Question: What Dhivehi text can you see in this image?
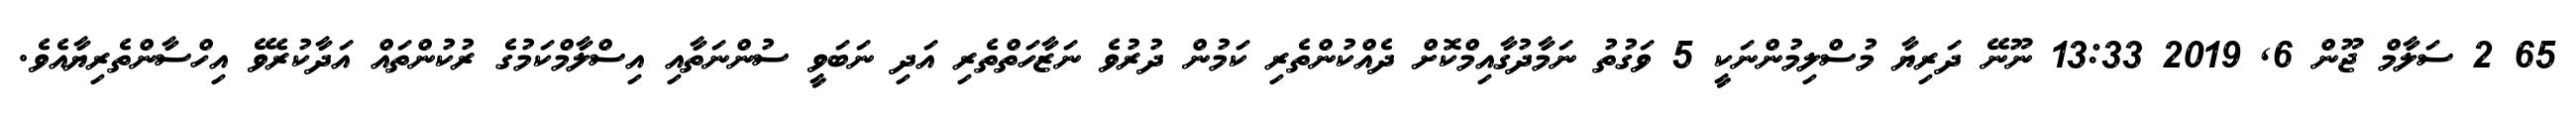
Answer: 65 2 ސަލާމް ޖޫން 6, 2019 13:33 ނޫނޭ ދަރިޔާ މުސްލިމުންނަކީ 5 ވަގުތު ނަމާދުގާއިމްކޮށް ދެއްކުންތެރި ކަމުން ދުރުވެ ނަޒާހަތްތެރި އަދި ނަބަވީ ސުންނަތާއި އިސްލާމްކަމުގެ ރުކުންތައް އަދާކުރެވޭ އިހްސާންތެރިޔާއެވެ.